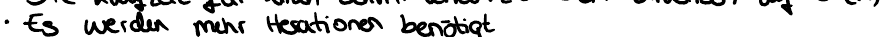
Es werden mehrr Reaktionen benötigt